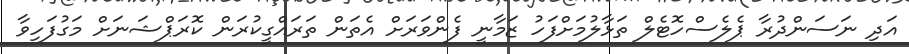
އަދި ނަސަންދުރާ ޕެލެސްހޮޓެލް ތަޅާލުމަށްފަހު ޒަމާނީ ފެންވަރަށް އެތަން ތަރައްގީކުރަން ކޮރަޕްޝަނަށް މަގުފަހިވާ